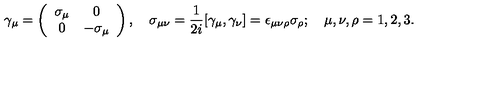
\gamma _ { \mu } = \left( \begin{array} { c c } { \sigma _ { \mu } } & { 0 } \\ { 0 } & { - \sigma _ { \mu } } \\ \end{array} \right) , \quad \sigma _ { \mu \nu } = { \frac { 1 } { 2 i } } [ \gamma _ { \mu } , \gamma _ { \nu } ] = \epsilon _ { \mu \nu \rho } \sigma _ { \rho } ; \quad \mu , \nu , \rho = 1 , 2 , 3 .